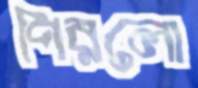
পিরলো